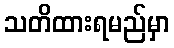
သတိထားရမည်မှာ